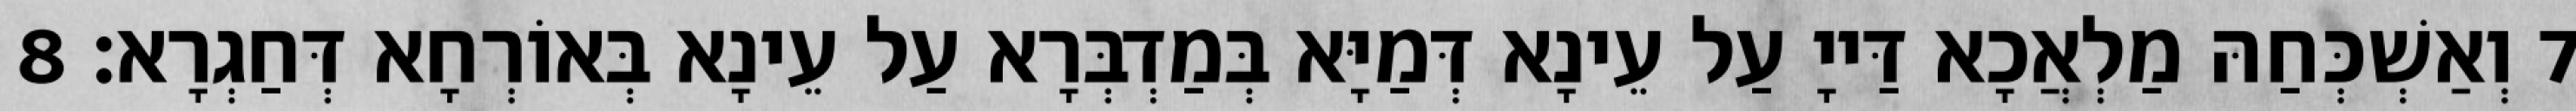
7 וְאַשְׁכְּחַהּ מַלְאֲכָא דַּייָ עַל עֵינָא דְּמַיָּא בְּמַדְבְּרָא עַל עֵינָא בְּאוֹרְחָא דְּחַגְרָא׃ 8